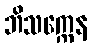
ဘိသက္ကေန